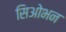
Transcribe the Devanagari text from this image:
सिओभन